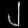
Digit: ၂